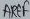
Text: AREF